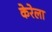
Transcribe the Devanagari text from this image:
केरेला